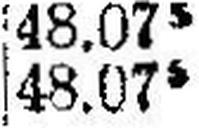
48.075